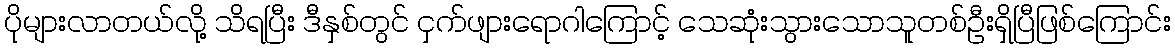
ပိုများလာတယ်လို့ သိရပြီး ဒီနှစ်တွင် ငှက်ဖျားရောဂါကြောင့် သေဆုံးသွားသောသူတစ်ဦးရှိပြီဖြစ်ကြောင်း